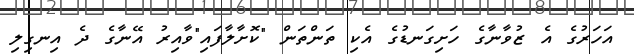
އަހަރުގެ އެ ޒުވާނާގެ ހަށިގަނޑުގެ އެކި ތަންތަން "ކޮށާލާފައި"ވާއިރު އޭނާގެ ދެ އިނގިލި